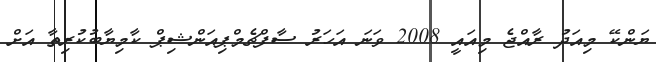
ޔަންކޭ މިއަދު ރާއްޖެ މިއައީ 2008 ވަނަ އަހަރު ސާފްޗެމްޕިއަންޝިޕް ކާމިޔާބުކުރިތާ އަށް